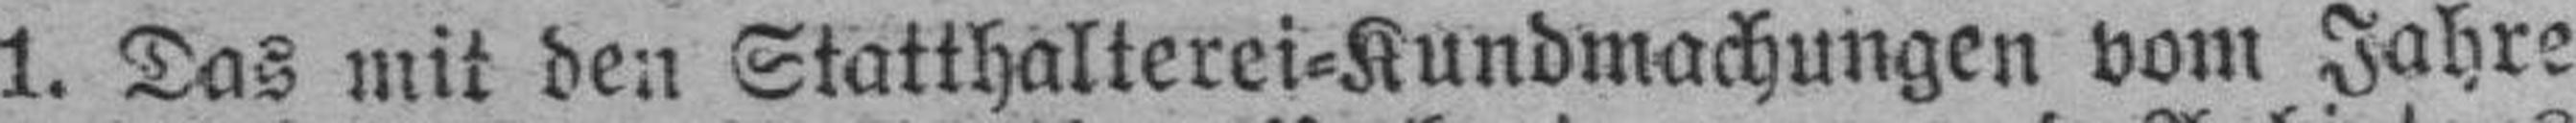
1. Das mit den Statthalterei=Kundmachungen vom Jahre